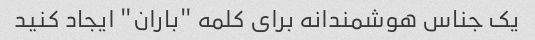
یک جناس هوشمندانه برای کلمه "باران" ایجاد کنید